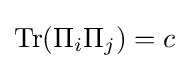
\mathrm {Tr} (\Pi _{i}\Pi _{j})=c